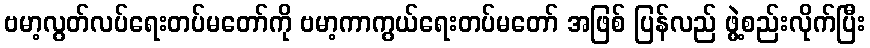
ဗမာ့လွတ်လပ်ရေးတပ်မတော်ကို ဗမာ့ကာကွယ်ရေးတပ်မတော် အဖြစ် ပြန်လည် ဖွဲ့စည်းလိုက်ပြီး